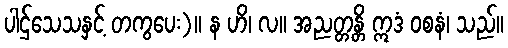
ပါဌ်သေသနှင့် တကွပေး)။ န ဟိ၊ လ။ အညတ္တန္တိ ဣဒံ ဝစနံ၊ သည်။